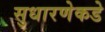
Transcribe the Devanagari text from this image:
सुधारणेकडे